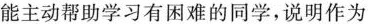
能主动帮助学习有困难的同学，说明作为